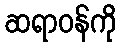
ဆရာဝန်ကို